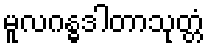
မူလဂန္ဓဒါတာသုတ္တံ